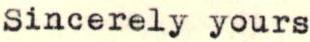
Sincerely yours